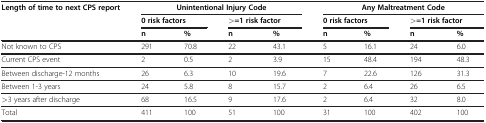
| Length of time to next CPS report | <COLSPAN=4> Unintentional Injury Code | <COLSPAN=4> Any Maltreatment Code |
 |  | <COLSPAN=2> 0 risk factors | <COLSPAN=2> >=1 risk factor | <COLSPAN=2> 0 risk factors | <COLSPAN=2> >=1 risk factor |
 |  | n | % | n | % | n | % | n | % |
 | --- | --- | --- | --- | --- | --- | --- | --- | --- |
 | Not known to CPS | 291 | 70.8 | 22 | 43.1 | 5 | 16.1 | 24 | 6.0 |
 | Current CPS event | 2 | 0.5 | 2 | 3.9 | 15 | 48.4 | 194 | 48.3 |
 | Between discharge-12 months | 26 | 6.3 | 10 | 19.6 | 7 | 22.6 | 126 | 31.3 |
 | Between 1-3 years | 24 | 5.8 | 8 | 15.7 | 2 | 6.4 | 26 | 6.5 |
 | >3 years after discharge | 68 | 16.5 | 9 | 17.6 | 2 | 6.4 | 32 | 8.0 |
 | Total | 411 | 100 | 51 | 100 | 31 | 100 | 402 | 100 |